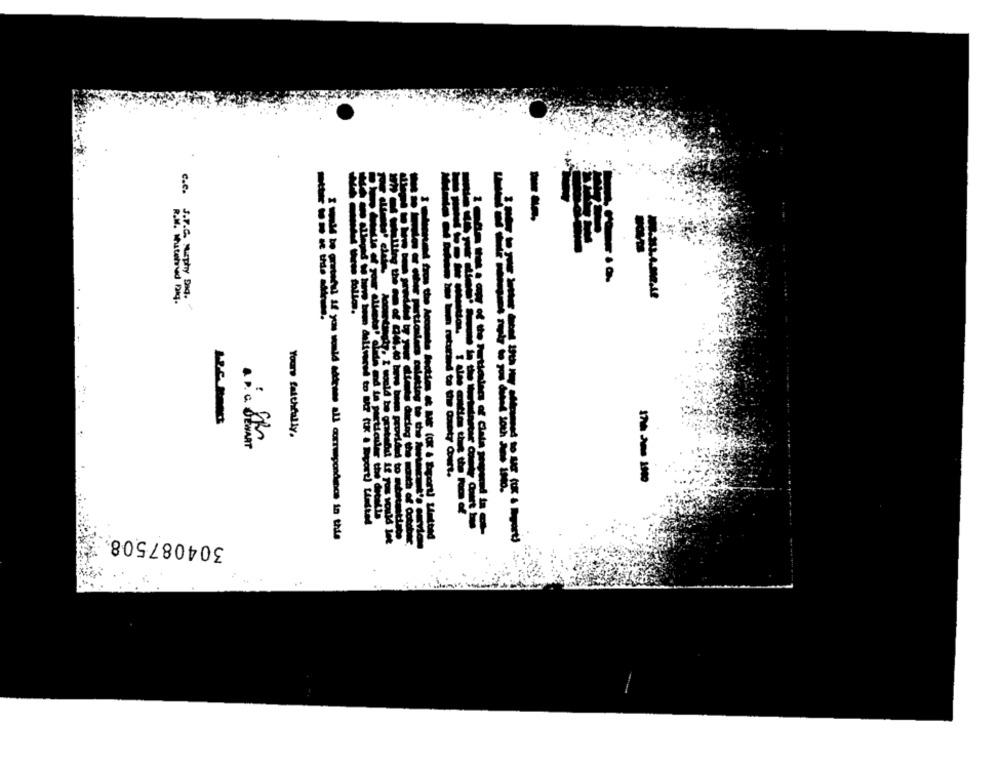
--
B.V.C. Murphy Daq.
Yours faithfully.
oslacs of Clata
304087508